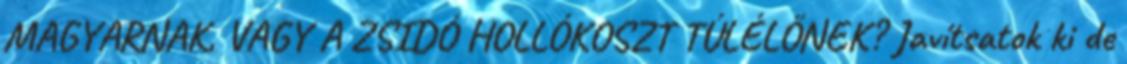
MAGYARNAK, VAGY A ZSIDÓ HOLLÓKOSZT TÚLÉLŐNEK? Javítsatok ki de